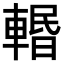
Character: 𨍌